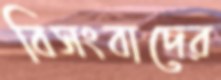
বিসংবাদের